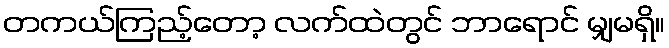
တကယ်ကြည့်တော့ လက်ထဲတွင် ဘာရောင် မျှမရှိ။